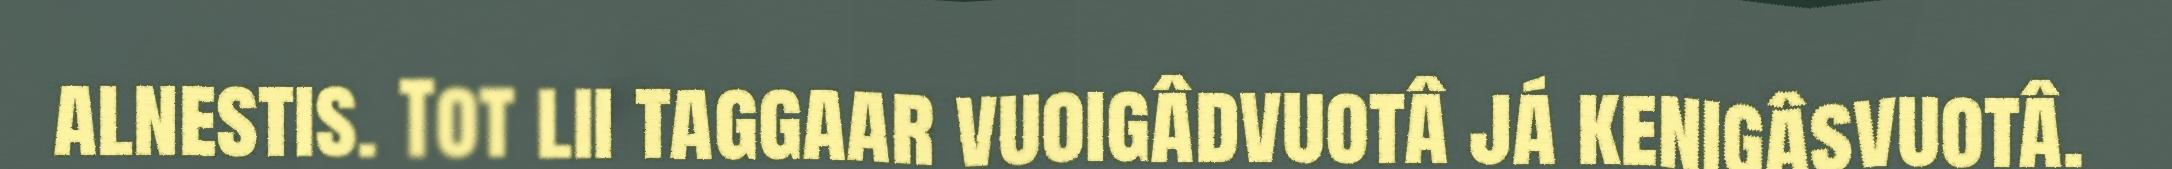
alnestis. Tot lii taggaar vuoigâdvuotâ já kenigâsvuotâ.